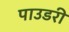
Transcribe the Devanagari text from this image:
पाउडरी